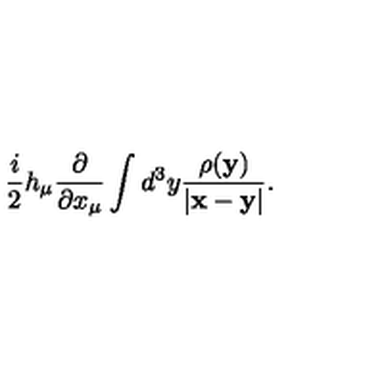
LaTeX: \frac { i } { 2 } h _ { \mu } \frac { \partial } { \partial x _ { \mu } } \int d ^ { 3 } y \frac { \rho ( { \bf y } ) } { | { \bf x } - { \bf y } | } .